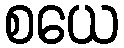
စယေ